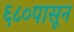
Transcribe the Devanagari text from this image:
६८०पासून